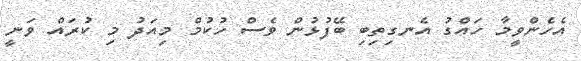
އެހެންވީމާ ހައްގު އެނގިތިބި ބޭފުޅުން ވެސް ހުކުމް މިއަދު މި ކުރައް ވަނީ